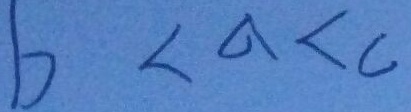
b < a < c